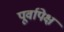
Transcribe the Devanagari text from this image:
पूर्वापेक्ष